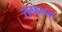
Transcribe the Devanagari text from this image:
तत्फलम्